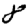
Digit: 8